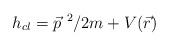
LaTeX: \begin{align*}h_{cl} = \vec{p}^{~ 2}/ 2m + V(\vec{r})\end{align*}